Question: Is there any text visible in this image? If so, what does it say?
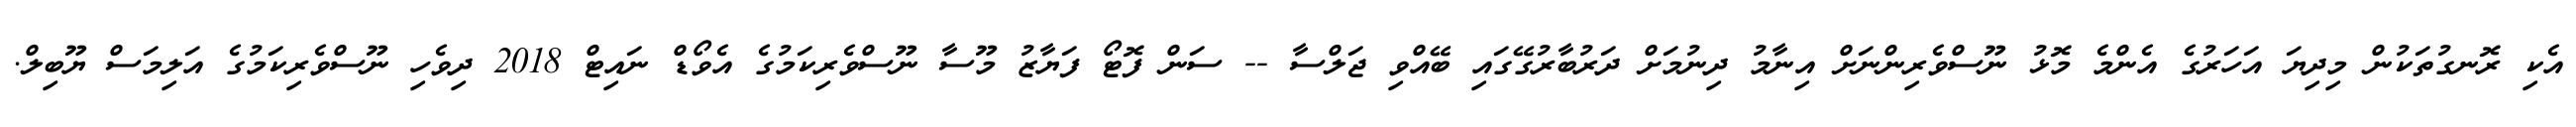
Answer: އެކި ރޮނގުތަކުން މިދިޔަ އަހަރުގެ އެންމެ މޮޅު ނޫސްވެރިންނަށް އިނާމު ދިނުމަށް ދަރުބާރުގޭގައި ބޭއްވި ޖަލްސާ -- ސަން ފޮޓޯ ފަޔާޒު މޫސާ ނޫސްވެރިކަމުގެ އެވޯޑް ނައިޓް 2018 ދިވެހި ނޫސްވެރިކަމުގެ އަލިމަސް ޔޫބިލް.